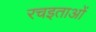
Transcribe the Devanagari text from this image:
रचइताओं